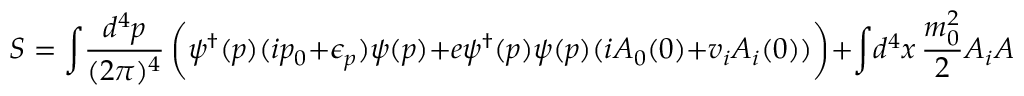
S = \int \! { \frac { d ^ { 4 } p } { ( 2 \pi ) ^ { 4 } } } \, \biggl ( \psi ^ { \dagger } ( p ) ( i p _ { 0 } + \epsilon _ { p } ) \psi ( p ) + e \psi ^ { \dagger } ( p ) \psi ( p ) ( i A _ { 0 } ( 0 ) + v _ { i } A _ { i } ( 0 ) ) \biggr ) + \int \! d ^ { 4 } x \, { \frac { m _ { 0 } ^ { 2 } } { 2 } } A _ { i } A _ { i }